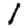
Digit: 1